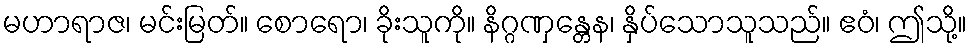
မဟာရာဇ၊ မင်းမြတ်။ စောရော၊ ခိုးသူကို။ နိဂ္ဂဏှန္တေန၊ နှိပ်သောသူသည်။ ဧဝံ၊ ဤသို့။